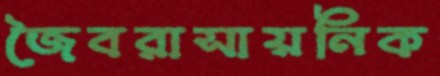
জৈবরাসায়নিক